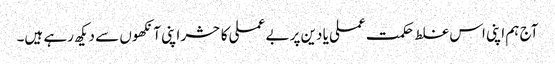
آج ہم اپنی اس غلط حکمت عملی یا دین پر بے عملی کا حشر اپنی آنکھوں سے دیکھ رہے ہیں۔